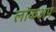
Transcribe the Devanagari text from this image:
लॉकअप